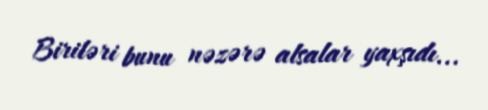
Biriləri bunu nəzərə alsalar yaxşıdı...